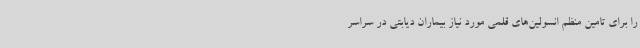
را برای تامین منظم انسولین‌های قلمی مورد نیاز بیماران دیابتی در سراسر